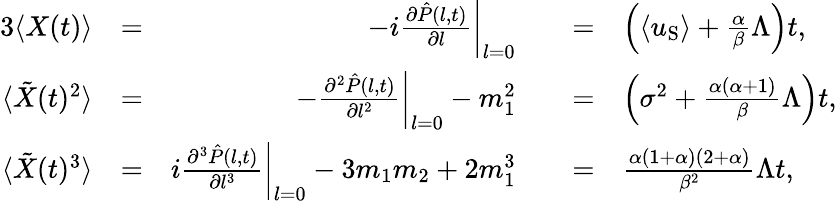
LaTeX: \begin{array}{rlrlrl}{{3}\langle X(t)\rangle}&{=}&{\left.-i\frac{\partial\hat{P}(l,t)}{\partial l}\right\vert_{l=0}}&{}&{=}&{\left(\langle u_{\mathrm{S}}\rangle+\frac{\alpha}{\beta}\Lambda\right)t,}\\ {\langle\tilde{X}(t)^{2}\rangle}&{=}&{\left.-\frac{\partial^{2}\hat{P}(l,t)}{\partial l^{2}}\right\vert_{l=0}-m_{1}^{2}}&{}&{=}&{\left(\sigma^{2}+\frac{\alpha(\alpha+1)}{\beta}\Lambda\right)t,}\\ {\langle\tilde{X}(t)^{3}\rangle}&{=}&{\left.i\frac{\partial^{3}\hat{P}(l,t)}{\partial l^{3}}\right\vert_{l=0}-3m_{1}m_{2}+2m_{1}^{3}}&{}&{=}&{\frac{\alpha(1+\alpha)(2+\alpha)}{\beta^{2}}\Lambda t,}\end{array}